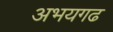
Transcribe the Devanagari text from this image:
अभयगढ